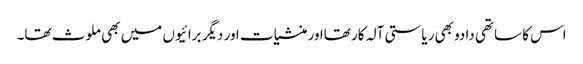
اس کا ساتھی دادو بھی ریاستی آلہ کار تھااور منشیات اور دیگر برائیوں میں بھی ملوث تھا۔